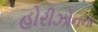
હોરીઝોનના